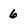
Character: 6